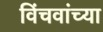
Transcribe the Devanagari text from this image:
विंचवांच्या